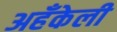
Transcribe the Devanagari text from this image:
अहँकेली